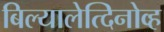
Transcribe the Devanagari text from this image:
बिल्यालेत्दिनोव्ह